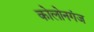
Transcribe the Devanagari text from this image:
कोलोनगंज